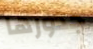
جذورها